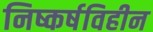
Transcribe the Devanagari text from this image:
निष्कर्षविहीन